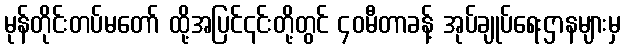
မုန်တိုင်းတပ်မတော် ထို့အပြင်၎င်းတို့တွင် ၄၀မီတာခန့် အုပ်ချုပ်ရေးဌာနများမှ